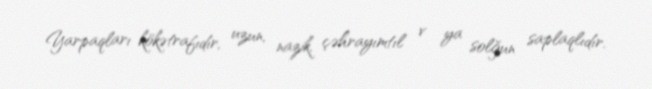
Yarpaqları kökətrafıdır, uzun, nazik, çəhrayımtıl v ya solğun saplaqlıdır.